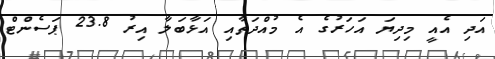
އަދި އެއީ މިދިޔަ އަހަރުގެ އެ މުއްދަތާއި އަޅާބަލާ އިރު 23.8 ޕަސެންޓް